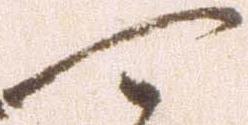
可